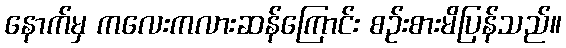
နောက်မှ ကလေးကလားဆန်ကြောင်း စဉ်းစားမိပြန်သည်။